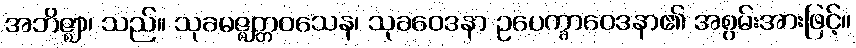
အဘိဇ္ဈာ၊ သည်။ သုခမဇ္ဈတ္တဝသေန၊ သုခဝေဒနာ ဥပေက္ခာဝေဒနာ၏ အစွမ်းအားဖြင့်။